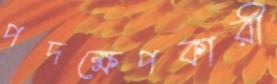
পদক্ষেপকারী